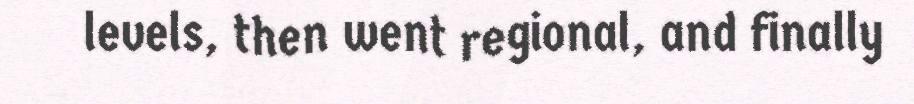
levels, then went regional, and finally